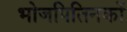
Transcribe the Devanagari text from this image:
भोजपितिनकों